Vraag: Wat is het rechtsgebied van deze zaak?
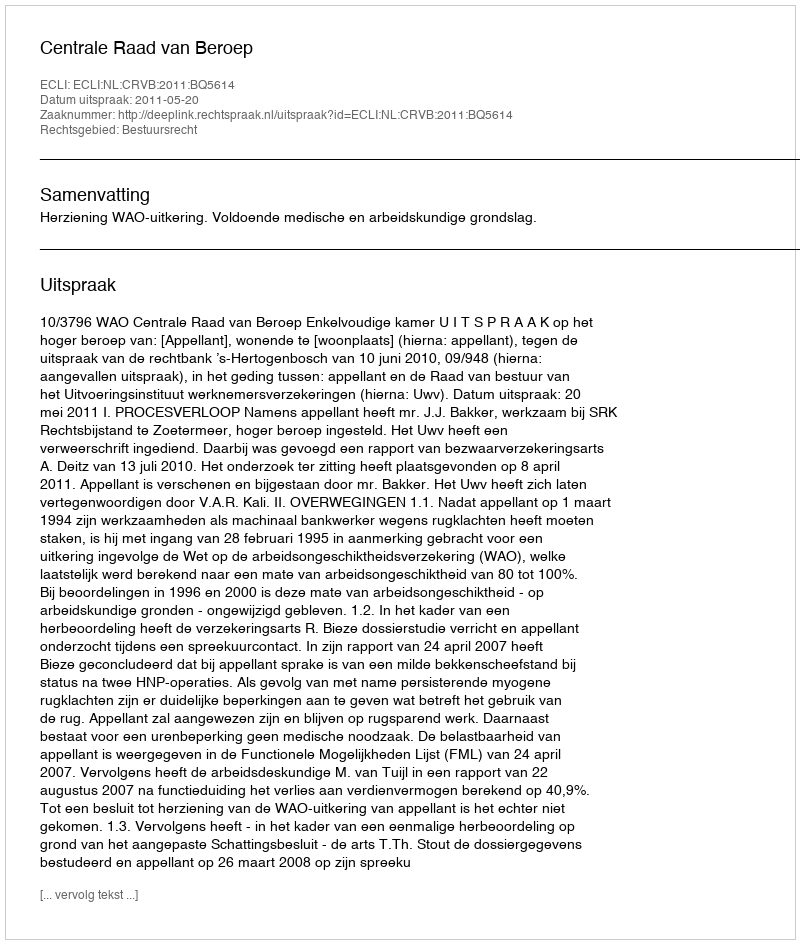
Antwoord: Bestuursrecht